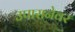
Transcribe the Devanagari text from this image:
उपासनेवर